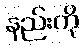
နည်းကို